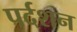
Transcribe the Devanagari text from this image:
पर्दशन